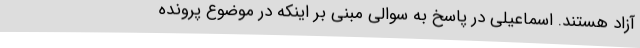
آزاد هستند. اسماعیلی در پاسخ به سوالی مبنی بر اینکه در موضوع پرونده